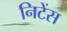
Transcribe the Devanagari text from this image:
निटेंस